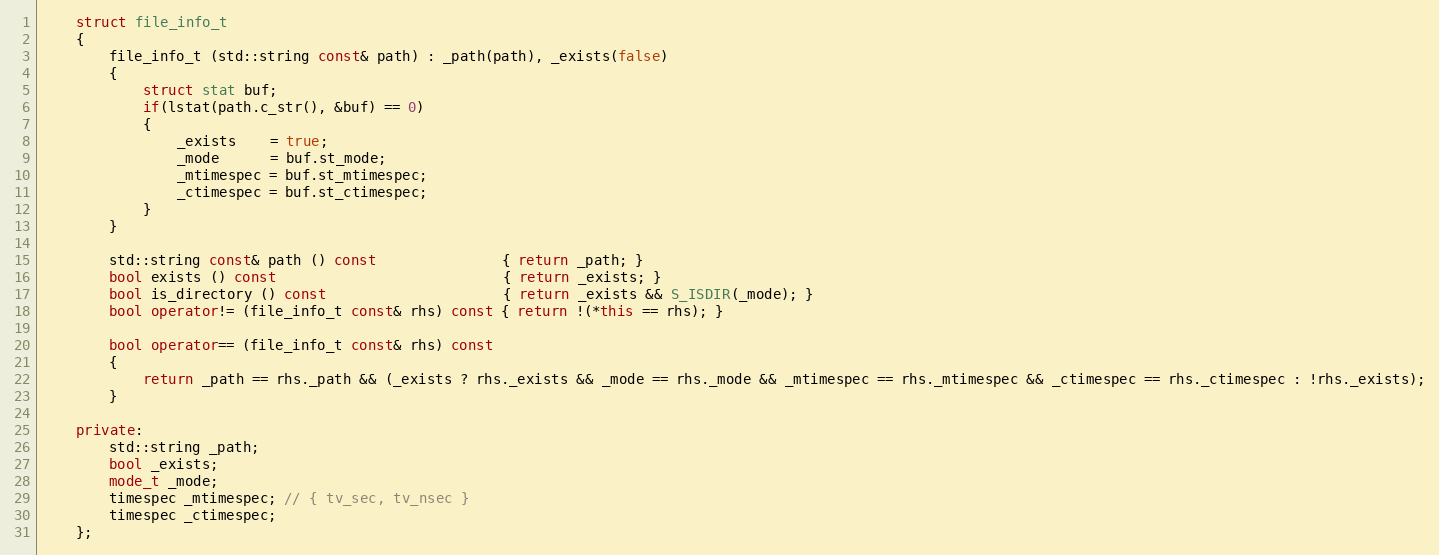
Language: C++
	struct file_info_t
	{
		file_info_t (std::string const& path) : _path(path), _exists(false)
		{
			struct stat buf;
			if(lstat(path.c_str(), &buf) == 0)
			{
				_exists    = true;
				_mode      = buf.st_mode;
				_mtimespec = buf.st_mtimespec;
				_ctimespec = buf.st_ctimespec;
			}
		}

		std::string const& path () const               { return _path; }
		bool exists () const                           { return _exists; }
		bool is_directory () const                     { return _exists && S_ISDIR(_mode); }
		bool operator!= (file_info_t const& rhs) const { return !(*this == rhs); }

		bool operator== (file_info_t const& rhs) const
		{
			return _path == rhs._path && (_exists ? rhs._exists && _mode == rhs._mode && _mtimespec == rhs._mtimespec && _ctimespec == rhs._ctimespec : !rhs._exists);
		}

	private:
		std::string _path;
		bool _exists;
		mode_t _mode;
		timespec _mtimespec; // { tv_sec, tv_nsec }
		timespec _ctimespec;
	};